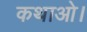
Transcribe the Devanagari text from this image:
कथाओ।